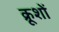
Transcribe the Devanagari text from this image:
क्रूशों